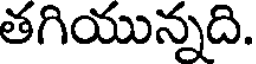
తగియున్నది.